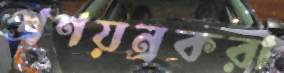
প্রণয়ন্রকরা